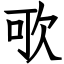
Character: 㰤